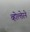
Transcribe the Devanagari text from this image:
व्होल्तेरने